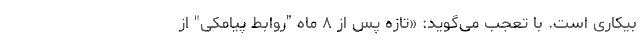
بیکاری است. با تعجب می‌گوید: «تازه پس از ۸ ماه "روابط پیامکی" از